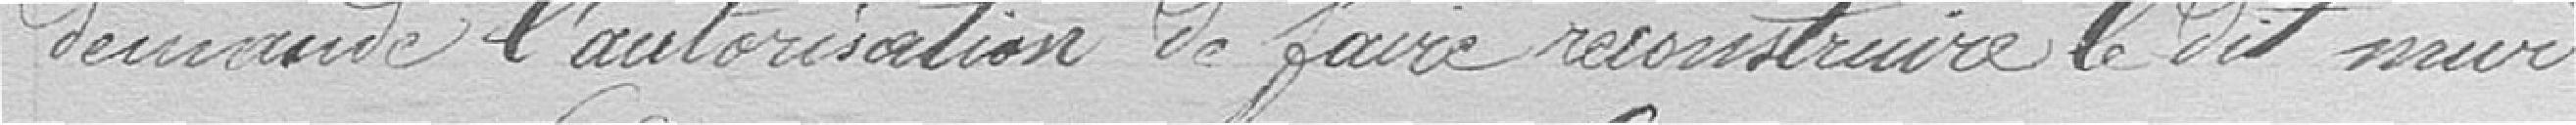
demande l'autorisation de faire reconstruire le mur.